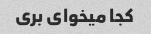
کجا میخوای بری